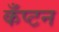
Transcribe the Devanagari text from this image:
कँप्टन